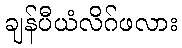
ချန်ပီယံလိဂ်ဖလား